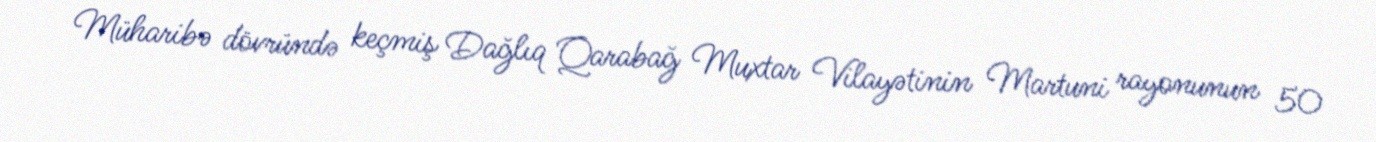
Müharibə dövründə keçmiş Dağlıq Qarabağ Muxtar Vilayətinin Martuni rayonunun 50